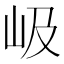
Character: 岋